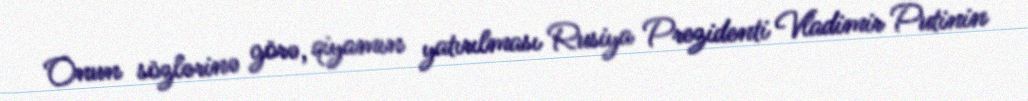
Onun sözlərinə görə, qiyamın yatırılması Rusiya Prezidenti Vladimir Putinin